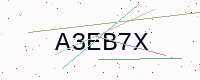
Text: A3EB7X